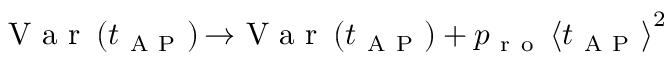
\mathrm { ~ V ~ a ~ r ~ } \left( t _ { \mathrm { ~ A ~ P ~ } } \right) { \rightarrow } \mathrm { ~ V ~ a ~ r ~ } \left( t _ { \mathrm { ~ A ~ P ~ } } \right) + p _ { \mathrm { ~ r ~ o ~ } } \left\langle t _ { \mathrm { ~ A ~ P ~ } } \right\rangle ^ { 2 }